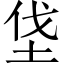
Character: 垡